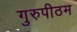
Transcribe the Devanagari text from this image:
गुरुपीठम